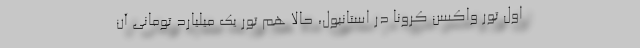
اول تور واکسن کرونا در استانبول، حالا هم تور یک میلیارد تومانی آن